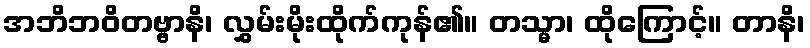
အဘိဘဝိတဗ္ဗာနိ၊ လွှမ်းမိုးထိုက်ကုန်၏။ တသ္မာ၊ ထိုကြောင့်။ တာနိ၊